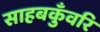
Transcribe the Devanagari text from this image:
साहबकुँवरि